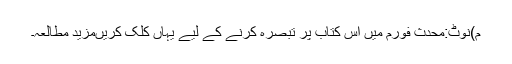
م)نوٹ:محدث فورم میں اس کتاب پر تبصرہ کرنے کے لیے یہاں کلک کریںمزید مطالعہ۔